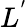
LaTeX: L^{'}